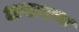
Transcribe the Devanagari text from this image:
अखाइया